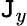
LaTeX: \mathtt{J}_{y}